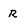
Character: R